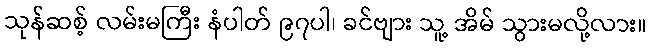
သုန်ဆစ့် လမ်းမကြီး နံပါတ် ၉၇ပါ၊ ခင်ဗျား သူ့ အိမ် သွားမလို့လား။